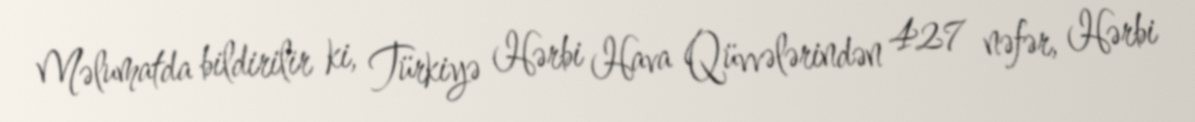
Məlumatda bildirilir ki, Türkiyə Hərbi Hava Qüvvələrindən 427 nəfər, Hərbi